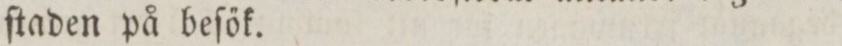
ſtaden på beſők.